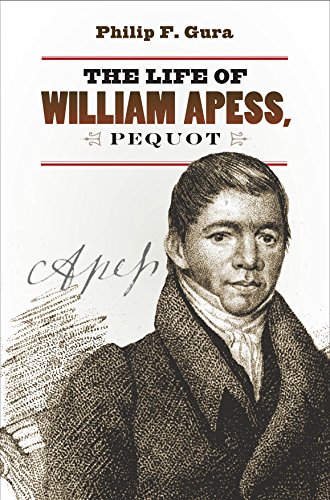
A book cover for The Life of William Apess, Pequot (H. Eugene and Lillian Youngs Lehman Series); Philip F. Gura; Biographies & Memoirs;